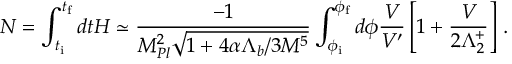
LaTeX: N = \int _ { t _ { \mathrm { i } } } ^ { t _ { \mathrm { f } } } d t H \simeq \frac { - 1 } { M _ { P l } ^ { 2 } \sqrt { 1 + 4 \alpha \Lambda _ { b } / 3 M ^ { 5 } } } \int _ { \phi _ { \mathrm { i } } } ^ { \phi _ { \mathrm { f } } } d \phi { \frac { V } { V ^ { \prime } } } \left[ 1 + { \frac { V } { 2 \Lambda _ { 2 } ^ { + } } } \right] \, .